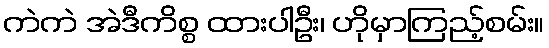
ကဲကဲ အဲဒီကိစ္စ ထားပါဦး၊ ဟိုမှာကြည့်စမ်း။